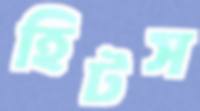
হিটস